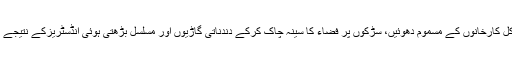
قصۂ مختصر یہ کہ شہروں میں بے تحاشہ بڑھتی ہوئی آبادی کا ناقابل برداشت بوجھ اور ہرسو قائم کل کارخانوں کے مسموم دھوئیں، سڑکوں پر فضاء کا سینہ چاک کرکے دندناتی گاڑیوں اور مسلسل بڑھتی ہوئی انڈسٹریزکے نتیجے میں ماحولیاتی اورصوتی آلو دگی نے انسانی زندگی کے لیے کئی سنگین مسئلے کھڑے کر دیے ہیں۔